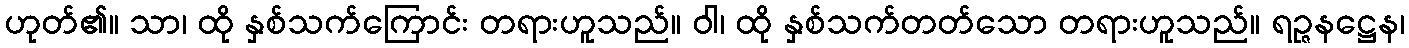
ဟုတ်၏။ သာ၊ ထို နှစ်သက်ကြောင်း တရားဟူသည်။ ဝါ၊ ထို နှစ်သက်တတ်သော တရားဟူသည်။ ရဉ္ဇနဋ္ဌေန၊